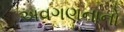
અવગણનાનો